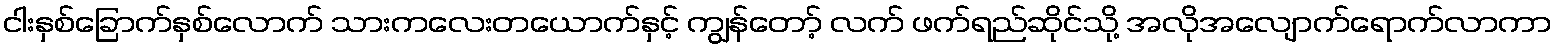
ငါးနှစ်ခြောက်နှစ်လောက် သားကလေးတယောက်နှင့် ကျွန်တော့် လက် ဖက်ရည်ဆိုင်သို့ အလိုအလျောက်ရောက်လာကာ